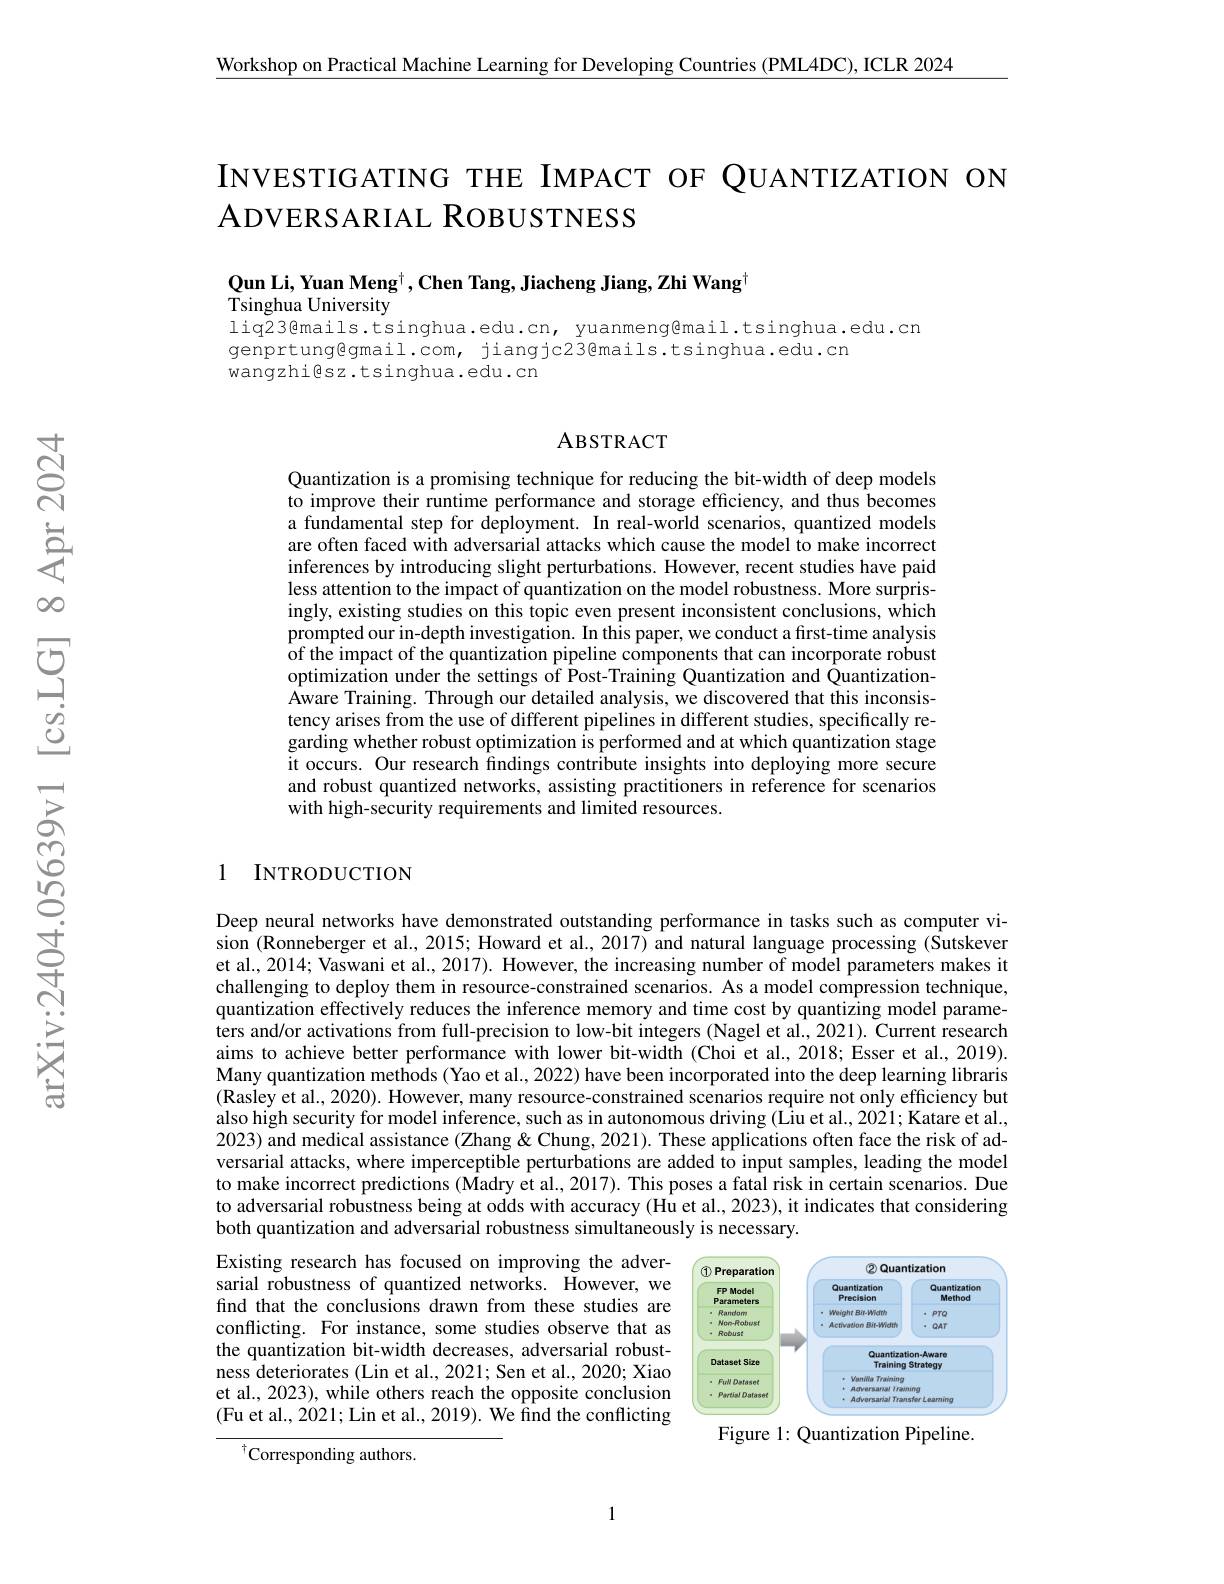
$\underline{\text{Workshop on Practical Machine Learning for Developing Countries (PML4DC),ICLR 2024}}$

# INVESTIGATING THE IMPACT OF OUANTIZATION ON ADVERSARIAL ROBUSTNESS

Qun Li, Yuan Meng$^\dagger , \textbf{Chen Tang, Jiacheng Jiang, Zhi Wang}$

Tsinghua University
liq23@mails.tsinghua.edu.cn, yuanmeng@mail.tsinghua.edu.cn
genprtung@gmail.com, jiangjc23@mails.tsinghua.edu.cn
wangzhi@sz.tsinghua.edu.cn

### ABSTRACT

Quantization is a promising technique for reducing the bit-width of deep models to improve their runtime performance and storage efficiency, and thus becomes a fundamental step for deployment. In real-world scenarios, quantized models are often faced with adversarial attacks which cause the model to make incorrect inferences by introducing slight perturbations. However, recent studies have paid less attention to the impact of quantization on the model robustness. More surprisingly, existing studies on this topic even present inconsistent conclusions, which prompted our in-depth investigation. In this paper, we conduct a first-time analysis $\hat{\text{of the impact of the quantization pipeline components that can incorporate robust}}$ optimization under the settings of Post-Training Quantization and QuantizationAware Training. Through our detailed analysis, we discovered that this inconsistency arises from the use of different pipelines in different studies, specifically regarding whether robust optimization is performed and at which quantization stage it occurs. Our research findings contribute insights into deploying more secure and robust quantized networks, assisting practitioners in reference for scenarios with high-security requirements and limited resources.

## 1 INTRODUCTION

Deep neural networks have demonstrated outstanding performance in tasks such as computer vision (Ronneberger et al., 2015; Howard et al., 2017) and natural language processing (Sutskever et al., 2014; Vaswani et al., 2017). However, the increasing number of model parameters makes it challenging to deploy them in resource-constrained scenarios. As a model compression technique, quantization effectively reduces the inference memory and time cost by quantizing model parameters and/or activations from full-precision to low-bit integers (Nagel et al., 2021). Current research aims to achieve better performance with lower bit-width (Choi et al., 2018; Esser et al., 2019). Many quantization methods (Yao et al., 2022) have been incorporated into the deep learning libraris $(\hat{\text{Rasley et al., 2020). However, many resource-constrained scenarios require not only efficiency but}}$ also high security for model inference, such as in autonomous driving (Liu et al., 2021; Katare et al., 2023) and medical assistance (Zhang & Chung, 2021). These applications often face the risk of adversarial attacks, where imperceptible perturbations are added to input samples, leading the model to make incorrect predictions (Madry et al., 2017). This poses a fatal risk in certain scenarios. Due to adversarial robustness being at odds with accuracy (Hu et al., 2023), it indicates that considering both quantization and adversarial robustness simultaneously is necessary.

Existing research has focused on improving the adver-

sarial robustness of quantized networks. However, we

find that the conclusions drawn from these studies are

conflicting. For instance, some studies observe that as

<FigureHere>

the quantization bit-width decreases, adversarial robust-

ness deteriorates (Lin et al., 2021; Sen et al., 2020; Xiao

et al., 2023), while others reach the opposite conclusion

(Fu et al., 2021; Lin et al., 2019). We find the conflicting

Figure 1: Quantization Pipeline.

$^{\dagger}$Corresponding authors.